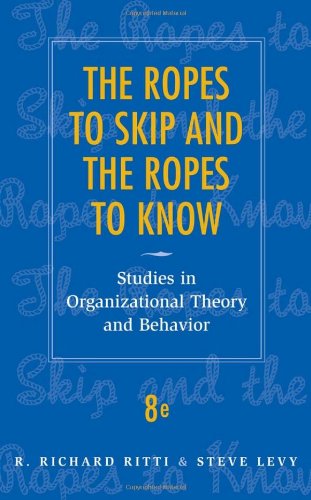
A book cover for The Ropes to Skip and the Ropes to Know: Studies in Organizational Theory and Behavior; R. Richard Ritti; Business & Money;